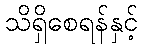
သိရှိစေရန်နှင့်